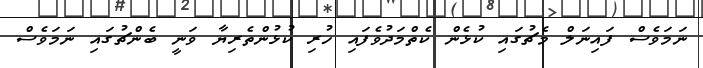
ނަމަވެސް ފައިނަލް މެޗުގައި ކުޅެން ކެތްމަދުވެފައި ހުރި ކުޅުންތެރިޔާ ވަނީ ބެންޗުގައި ނަމަވެސް